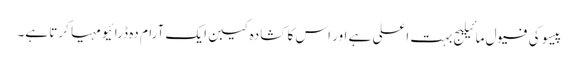
پیسو کی فیول مائیلیج بہت اعلی ہے اور اس کا کشادہ کیبن ایک آرام دہ ڈرائیو مہیا کرتا ہے۔